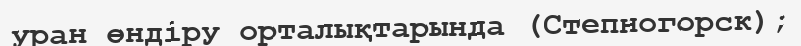
уран өндіру орталықтарында (Степногорск);